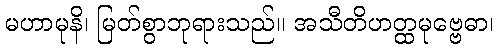
မဟာမုနိ၊ မြတ်စွာဘုရားသည်။ အသီတိဟတ္ထမုဗ္ဗေဓာ၊